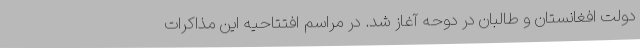
دولت افغانستان و طالبان در دوحه آغاز شد. در مراسم افتتاحیه این مذاکرات